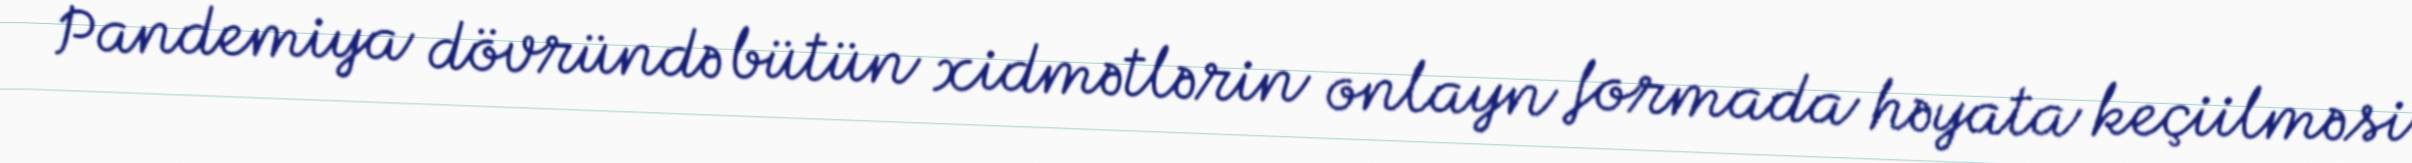
Pandemiya dövründə bütün xidmətlərin onlayn formada həyata keçiilməsi